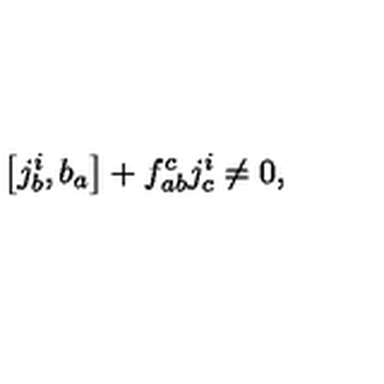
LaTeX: \left[ j _ { b } ^ { i } , b _ { a } \right] + f _ { a b } ^ { c } j _ { c } ^ { i } \neq 0 ,